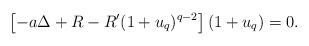
LaTeX: \begin{align*}\left[-a\Delta + R -R'(1+u_q)^{q-2}\right] (1+u_q) = 0.\end{align*}